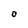
Character: O